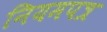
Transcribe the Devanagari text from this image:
नियमपत्र